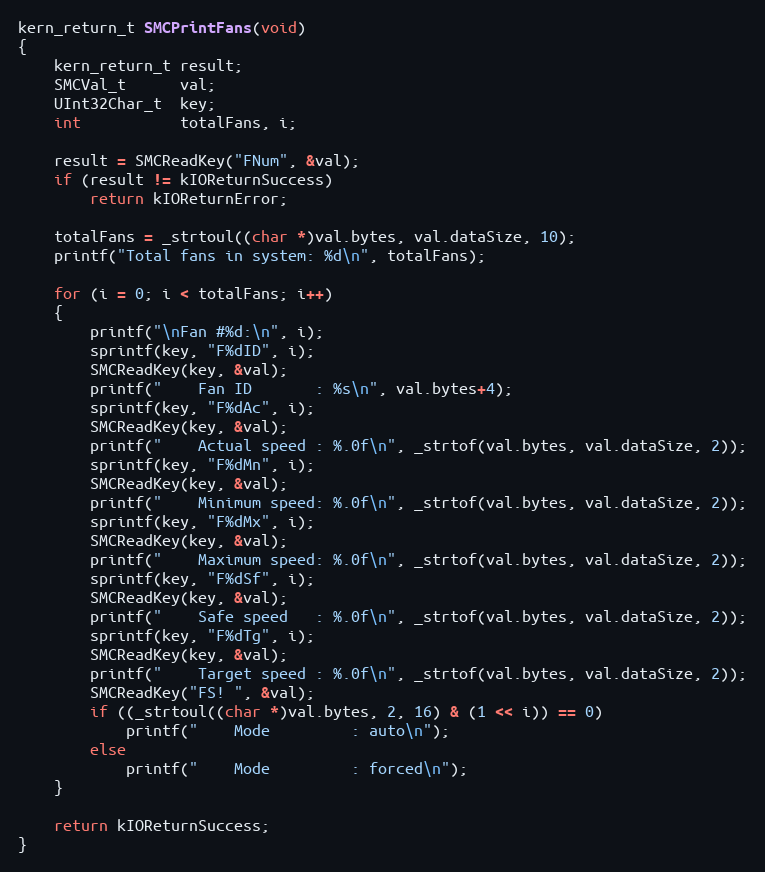
Language: C
kern_return_t SMCPrintFans(void)
{
    kern_return_t result;
    SMCVal_t      val;
    UInt32Char_t  key;
    int           totalFans, i;

    result = SMCReadKey("FNum", &val);
    if (result != kIOReturnSuccess)
        return kIOReturnError;

    totalFans = _strtoul((char *)val.bytes, val.dataSize, 10);
    printf("Total fans in system: %d\n", totalFans);

    for (i = 0; i < totalFans; i++)
    {
        printf("\nFan #%d:\n", i);
        sprintf(key, "F%dID", i);
        SMCReadKey(key, &val);
        printf("    Fan ID       : %s\n", val.bytes+4);
        sprintf(key, "F%dAc", i);
        SMCReadKey(key, &val);
        printf("    Actual speed : %.0f\n", _strtof(val.bytes, val.dataSize, 2));
        sprintf(key, "F%dMn", i);
        SMCReadKey(key, &val);
        printf("    Minimum speed: %.0f\n", _strtof(val.bytes, val.dataSize, 2));
        sprintf(key, "F%dMx", i);
        SMCReadKey(key, &val);
        printf("    Maximum speed: %.0f\n", _strtof(val.bytes, val.dataSize, 2));
        sprintf(key, "F%dSf", i);
        SMCReadKey(key, &val);
        printf("    Safe speed   : %.0f\n", _strtof(val.bytes, val.dataSize, 2));
        sprintf(key, "F%dTg", i);
        SMCReadKey(key, &val);
        printf("    Target speed : %.0f\n", _strtof(val.bytes, val.dataSize, 2));
        SMCReadKey("FS! ", &val);
        if ((_strtoul((char *)val.bytes, 2, 16) & (1 << i)) == 0)
            printf("    Mode         : auto\n");
        else
            printf("    Mode         : forced\n");
    }

    return kIOReturnSuccess;
}